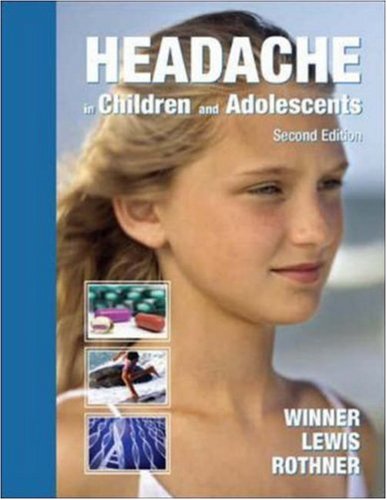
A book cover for Headache in Children and Adolescents; Paul Winner; Health, Fitness & Dieting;